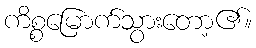
ကိစ္စမြောက်သွားတော့၏။